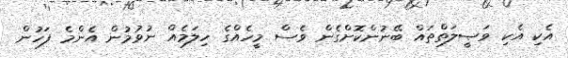
އެކި އެކި ވަޞީލަތްތައް ބޭނުންކޮށްގެން ވެސް މީހެއްގެ ހިލަމެއް ނުވުމުން އެންމެ ފަހުން